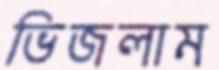
ভিজলাম